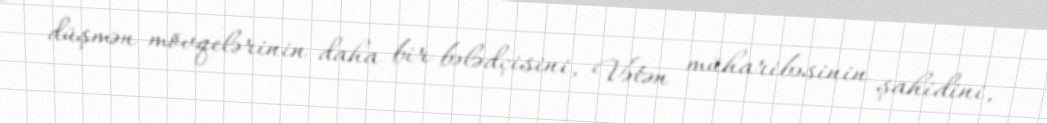
düşmən mövqelərinin daha bir bələdçisini, Vətən müharibəsinin şahidini,